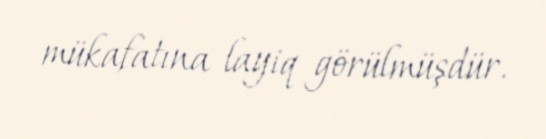
mükafatına layiq görülmüşdür.